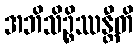
အဘိသိဉ္စိဿန္တီတိ